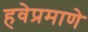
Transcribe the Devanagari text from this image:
हवेप्रमाणे